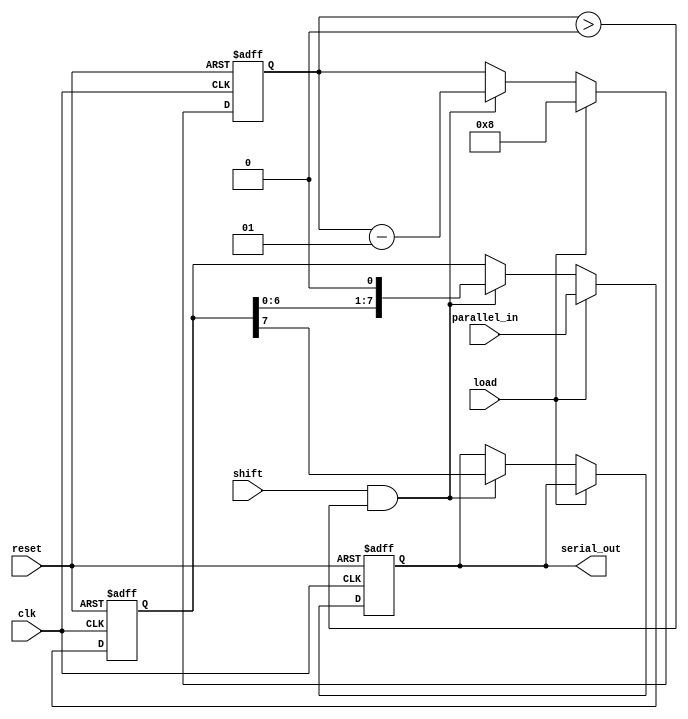
module configurable_piso #(parameter N = 8) (
    input  wire clk,       // Clock signal
    input  wire reset,     // Asynchronous reset signal
    input  wire load,      // Load control signal
    input  wire shift,     // Shift control signal
    input  wire [N-1:0] parallel_in, // Parallel input data
    output reg serial_out   // Serial output data
);

    // Internal register to hold the data
    reg [N-1:0] shift_reg;
    integer count;

    always @(posedge clk or posedge reset) begin
        if (reset) begin
            // On reset, clear the shift register and output
            shift_reg <= {N{1'b0}};
            serial_out <= 1'b0;
            count <= 0;
        end else if (load) begin
            // Load input data into the shift register
            shift_reg <= parallel_in;
            count <= N; // Set count to the width for shifting
        end else if (shift && count > 0) begin
            // Shift the data serially (MSB first)
            serial_out <= shift_reg[N-1]; // Output MSB
            shift_reg <= {shift_reg[N-2:0], 1'b0}; // Shift the data left
            count <= count - 1; // Decrement the count
        end
    end

endmodule